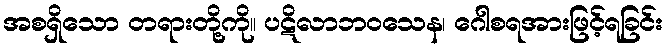
အစရှိသော တရားတို့ကို။ ပဋိလာဘဝသေန၊ ဂေါစရအားဖြင့်ရခြင်း